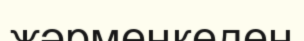
жәрмеңкеден